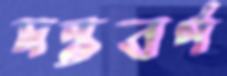
দন্তবর্ণ